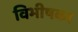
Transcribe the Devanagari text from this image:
विभीषका